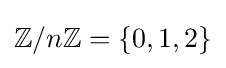
\mathbb {Z} /n\mathbb {Z} =\{0,1,2\}